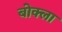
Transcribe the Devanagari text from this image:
बोक्ला